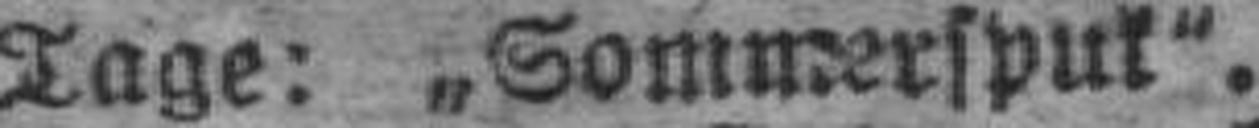
Tage: „Sommerspuk“.